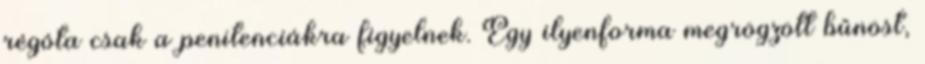
régóta csak a penitenciákra figyelnek. Egy ilyenforma megrögzött bűnöst,